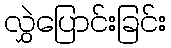
လွှဲပြောင်းခြင်း